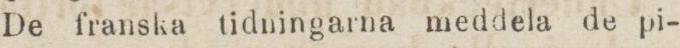
De franska tidningarna meddela de pi-